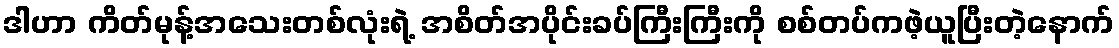
ဒါဟာ ကိတ်မုန့်အသေးတစ်လုံးရဲ့ အစိတ်အပိုင်းခပ်ကြီးကြီးကို စစ်တပ်ကဖဲ့ယူပြီးတဲ့နောက်